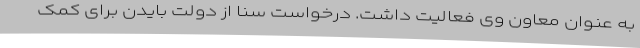
به عنوان معاون وی فعالیت داشت. درخواست سنا از دولت بایدن برای کمک